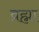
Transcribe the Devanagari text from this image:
व्रह्मा